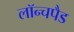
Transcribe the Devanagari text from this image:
लॉन्चपैड